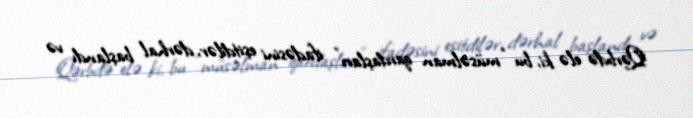
Qərbdə elə ki, bu “müsəlman qardaşları” ifadəsini eşitdilər, dərhal başlandı və